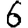
Digit: 6